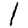
Digit: 1